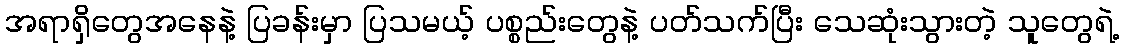
အရာရှိတွေအနေနဲ့ ပြခန်းမှာ ပြသမယ့် ပစ္စည်းတွေနဲ့ ပတ်သက်ပြီး သေဆုံးသွားတဲ့ သူတွေရဲ့